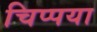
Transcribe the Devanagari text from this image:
चिप्पया